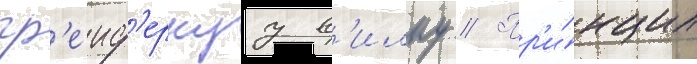
гр'еиф'ернуу в'илку // Пр'и́нцип